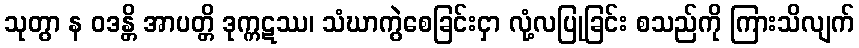
သုတွာ န ဝဒန္တိ အာပတ္တိ ဒုက္ကဋဿ၊ သံဃာကွဲစေခြင်းငှာ လုံ့လပြုခြင်း စသည်ကို ကြားသိလျက်